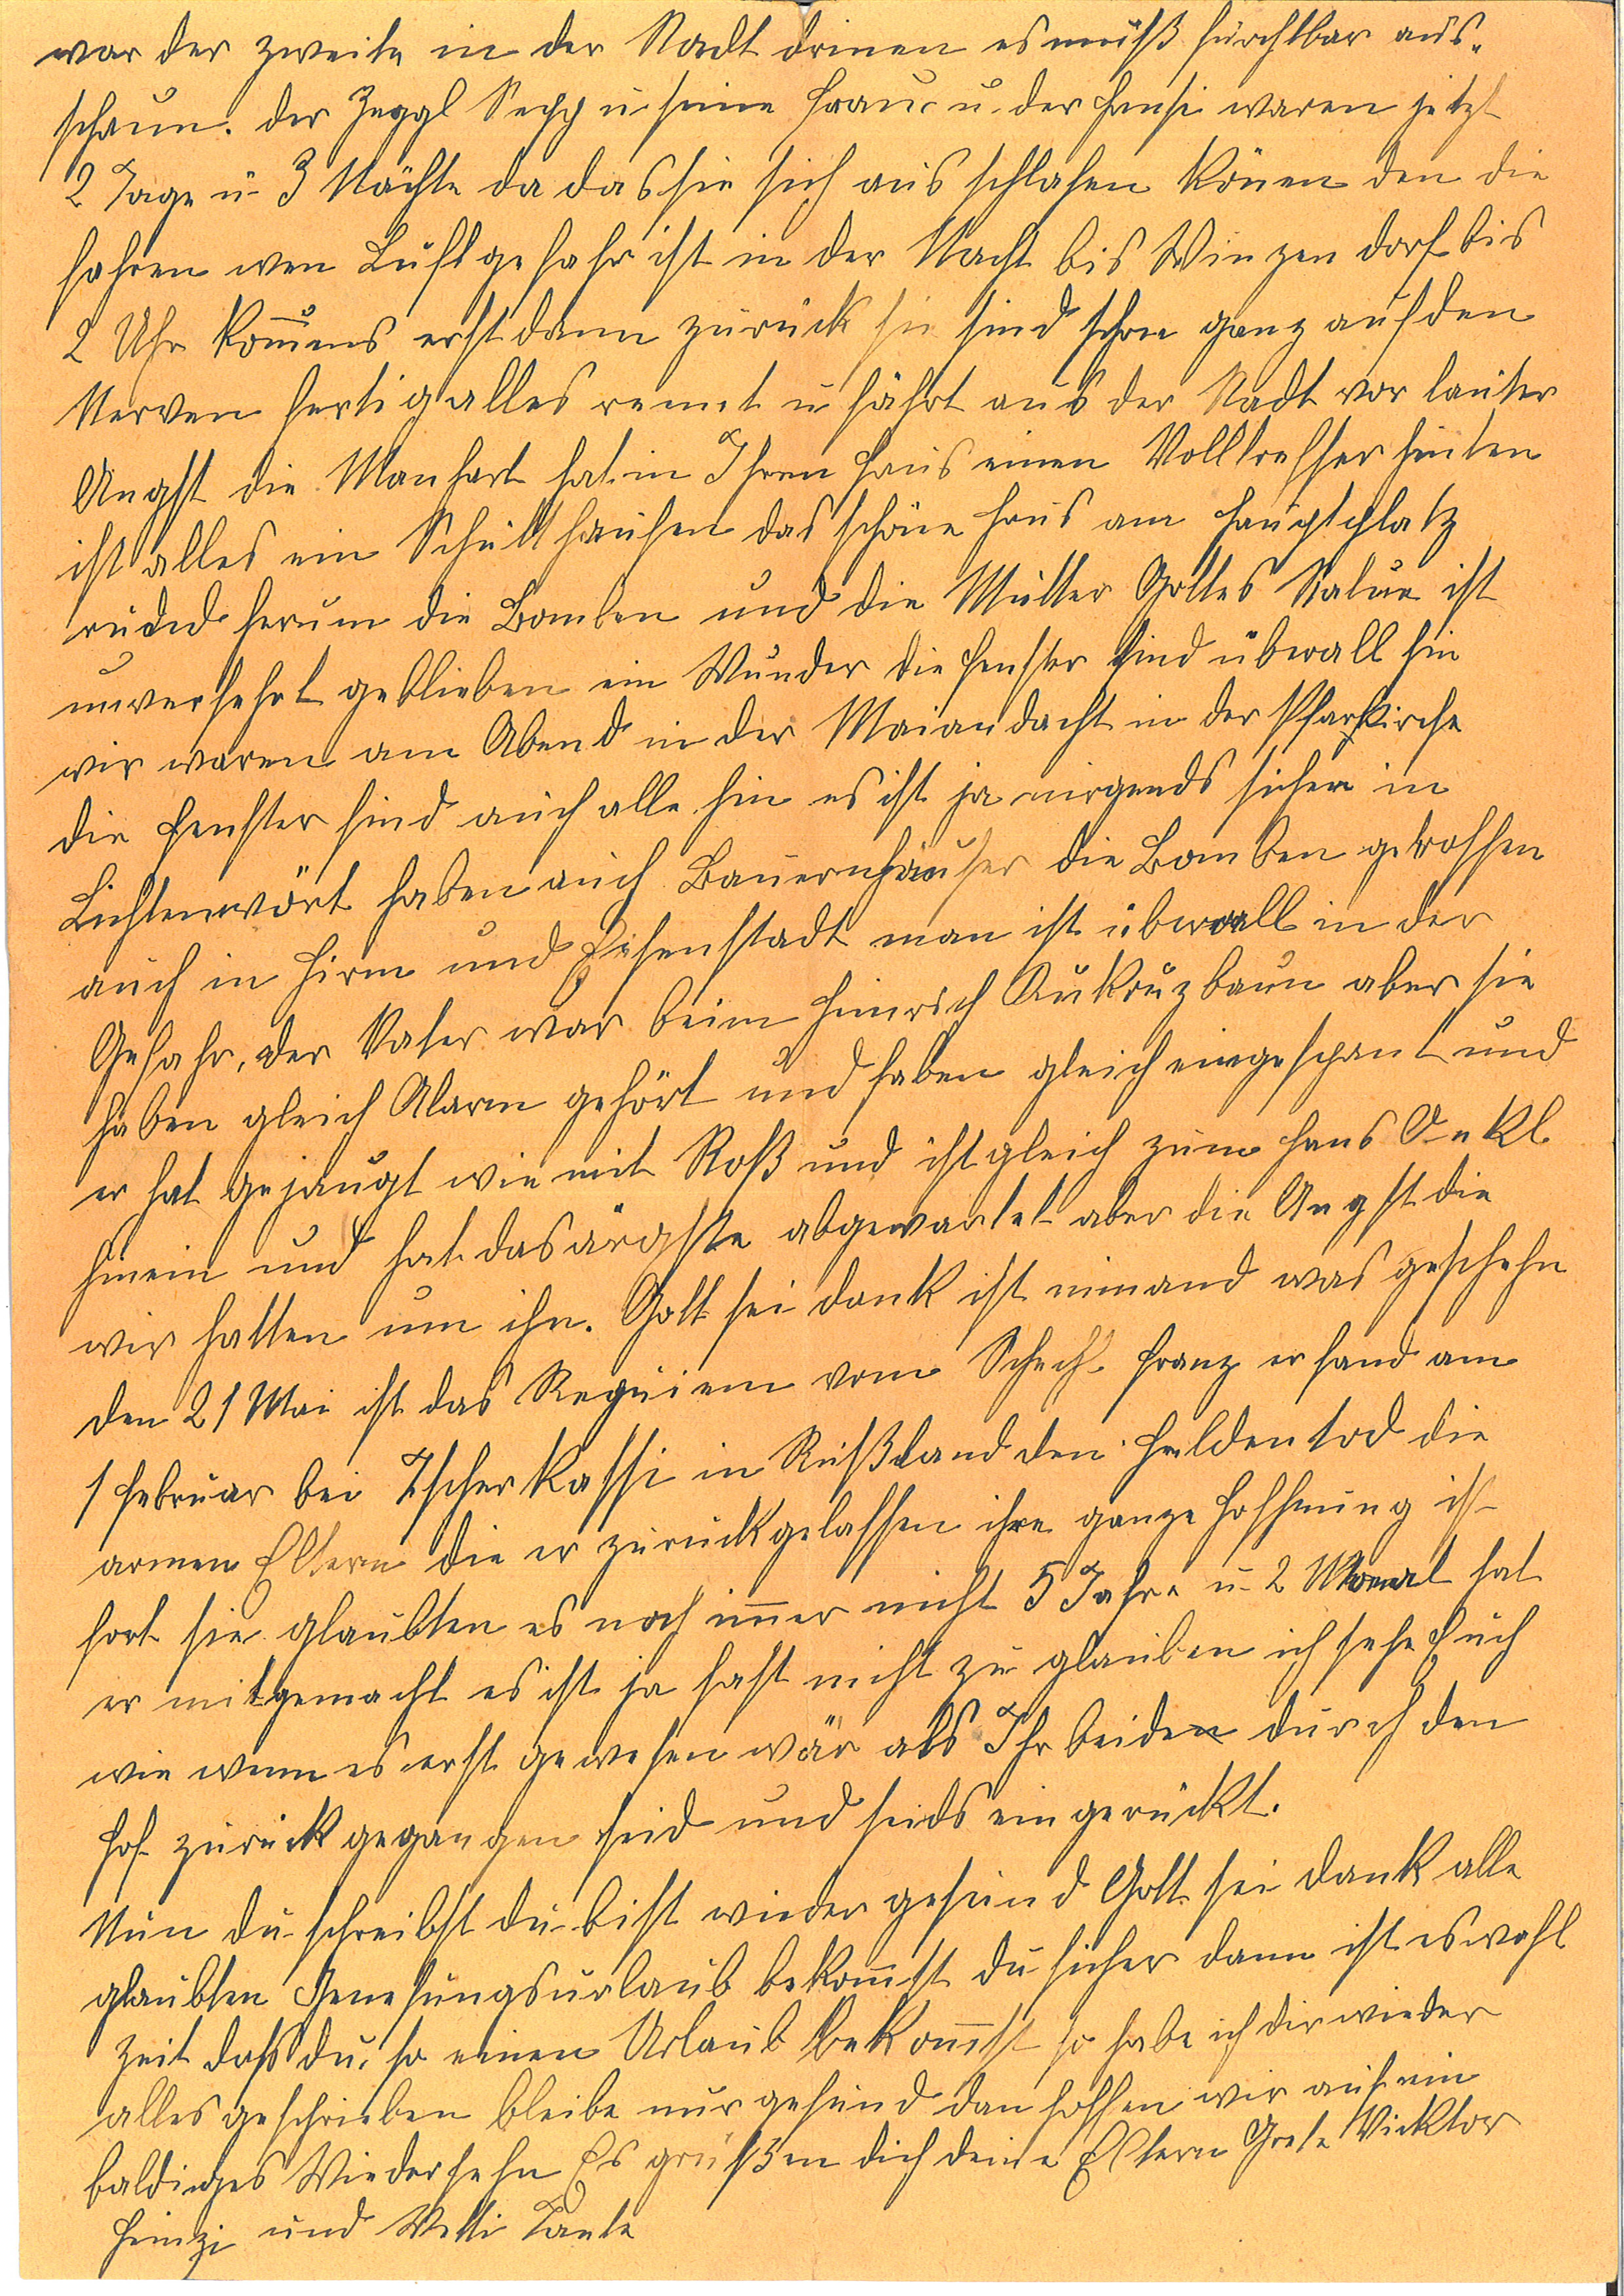
war der zweite in der Nacht drinnen es muß furchtbar aus¬
schauen. Der Zeggl Sepp u seine Frau u. der Hansi waren jetzt
2 Tage u. 3 Nächte da das sie sich aus schlafen können den die
fahren wen Luftgefahr ist in der Nacht bis Winzendorf bis
2 Uhr kommens erst dann zurück sie sind schon ganz auf den
Nerven fertig alles rennt u fährt aus der Nacht vor lauter
Angst die Manhart hat in Ihrem Haus einen Volltreffer hinten
ist alles ein Schutthaufen das schöne Haus am Hauptplatz
rudnd herum die Bomben und die Mutter Gottes Statue ist
unversehrt beblieben ein Wunder die Fenster sind überall hin
wir waren am Abend in der Mariandacht in der Pfarrkirche
die Fenster sind auch alle hin es ist nirgens sicher in
Lichtenwört haben auch Bauernhäuser die Bomben getroffen
auch in Hirm und Eisenstadt man ist überall in der
Gefahr, der Vater war beim Heinrich Kukruz bauen aber sie
haben gleich Alarm gehört und haben gleich eingespant und
er hat gejaugt wie mit Roß und und ist gleich zum Hans Onkl
herein und hat das ärgste abgewartet aber die Angst die
wir hatten um ihn. Gott sein dank ist niemand was geschehen
den 21 Mai ist das Requiem vom Schechl Franz er fand am
1 Februar bei Tscherkassi in Rußland den Heldentod die
armen Eltern die er zurück gelassen ihre ganze Hoffnung ist
fort sie glaubten es noch immer nicht  5 Jahre u. 2 Monat hat
er mitgemacht es ist ja fast nicht zu glauben ich sehe Euch
wie wenn es erst gestern wär als Ihr beide durch den
Hof zurück gegangen seid und seids eingerückt.
Nun du schreibst du bist wieder gesund Gott sein dank alle
glaubten Genesungsurlaub bekommst du hieher dann ist es wohl
Zeit daß du so einen Urlaub bekommst so habe ich dir wieder
alles geschrieben bleibe nur gesund dan hoffen wir auf ein
baldiges Wiedersehen Es grüßen dich deine Eltern Grete Viktor
Heinzi und Wetti Tante